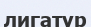
лигатур